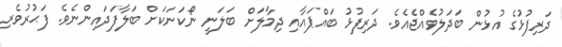
ދަރިފުޅުގެ އުޅުން ބަދަލުވެއްޖެއެވެ. ދަރިފުޅު ބައްޕައާއި ދިމާލަށް ބަލަނީ ނޯކަނަކަށް ބަލާފަދައިންނެވެ. ފަޙުރުވެރި